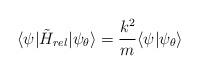
LaTeX: \begin{align*}\langle\psi|\tilde{H}_{rel}|\psi_{\theta}\rangle=\frac{k^2}{m}\langle\psi|\psi_{\theta}\rangle\end{align*}